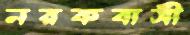
নরকবাসী